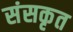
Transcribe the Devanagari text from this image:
संसकृत